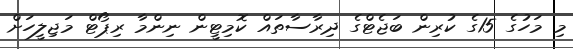
މި މަހުގެ 15ގެ ކުރިން ބަޖެޓްގެ ދިރާސާތައް ކޮމިޓީން ނިންމާ ރިޕޯޓް މަޖިލީހަށް